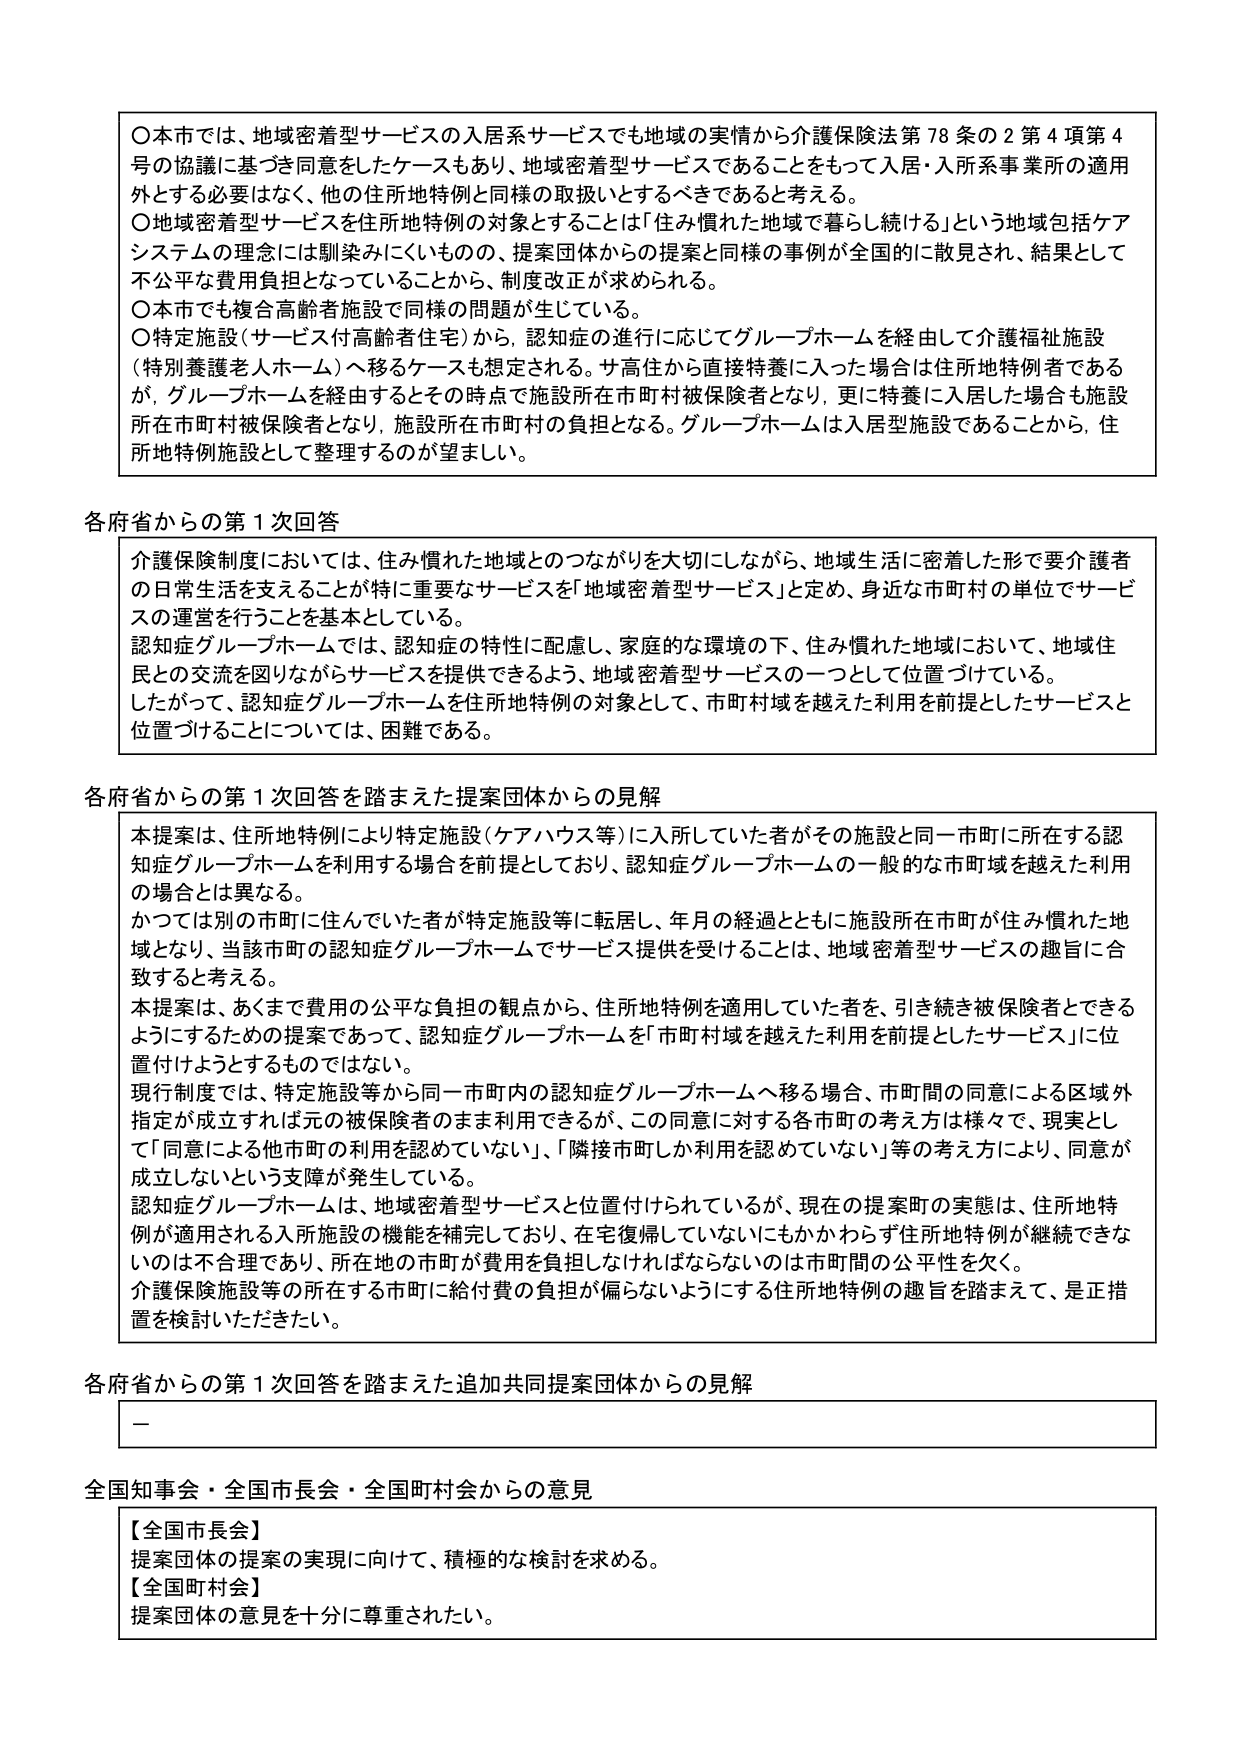
〇本市では、地域密着型サービスの入居系サービスでも地域の実情から介護保険法第78条の2第4項第4号の協議に基づき同意をしたケースもあり、地域密着型サービスであることをもって入居・入所系事業所の適用外とする必要はなく、他の住所地特例と同様の取扱いとするべきであると考える。
〇地域密着型サービスを住所地特例の対象とすることは「住み慣れた地域で暮らし続ける」という地域包括ケアシステムの理念には馴染みにくいものの、提案団体からの提案と同様の事例が全国的に散見され、結果として不公平な費用負担となっていることから、制度改正が求められる。
〇本市でも複合高齢者施設で同様の問題が生じている。
〇特定施設（サービス付高齢者住宅）から、認知症の進行に応じてグループホームを経由して介護福祉施設（特別養護老人ホーム）へ移るケースも想定される。サ高住から直接特養に入った場合は住所地特例者であるが、グループホームを経由するとその時点で施設所在市町村被保険者となり、更に特養に入居した場合も施設所在市町村被保険者となり、施設所在市町村の負担となる。グループホームは入居型施設であることから、住所地特例施設として整理するのが望ましい。

各府省からの第1次回答
介護保険制度においては、住み慣れた地域とのつながりを大切にしながら、地域生活に密着した形で要介護者の日常生活を支えることが特に重要なサービスを「地域密着型サービス」と定め、身近な市町村の単位でサービスの運営を行うことを基本としている。
認知症グループホームでは、認知症の特性に配慮し、家庭的な環境の下、住み慣れた地域において、地域住民との交流を図りながらサービスを提供できるよう、地域密着型サービスの一つとして位置づけている。
したがって、認知症グループホームを住所地特例の対象として、市町村域を越えた利用を前提としたサービスと位置づけることについては、困難である。

各府省からの第1次回答を踏まえた提案団体からの見解
本提案は、住所地特例により特定施設（ケアハウス等）に入所していた者がその施設と同一市町に所在する認知症グループホームを利用する場合を前提としており、認知症グループホームの一般的な市町域を越えた利用の場合は異なる。
かつては別の市町に住んでいた者が特定施設等に転居し、年月の経過とともに施設所在市町が住み慣れた地域となり、当該市町の認知症グループホームでサービス提供を受けることは、地域密着型サービスの趣旨に合致すると考える。
本提案は、あくまで費用の公平な負担の観点から、住所地特例を適用していた者を、引き続き被保険者とするようにするための提案であって、認知症グループホームを「市町村域を越えた利用を前提としたサービス」に位置付けようとするものではない。
現行制度では、特定施設等から同一市町内の認知症グループホームへ移る場合、市町間の同意による区域外指定が成立すれば元の被保険者のまま利用できるが、この同意に対する各市町の考え方は様々で、現実として「同意による他市町の利用を認めていない」、「隣接市町しか利用を認めていない」等の考え方により、同意が成立しないという支障が発生している。
認知症グループホームは、地域密着型サービスと位置付けられているが、現在の提案町の実態は、住所地特例が適用される入所施設の機能を補完しており、在宅復帰していないにもかかわらず住所地特例が継続できないのは不合理であり、所在地の市町が費用を負担しなければならないのは市町間の公平性を欠く。
介護保険施設等の所在する市町に給付費の負担が偏らないようにする住所地特例の趣旨を踏まえて、是正措置を検討いただきたい。

各府省からの第1次回答を踏まえた追加共同提案団体からの見解
－

全国知事会・全国市長会・全国町村会からの意見
【全国市長会】
提案団体の提案の実現に向けて、積極的な検討を求める。
【全国町村会】
提案団体の意見を十分に尊重されたい。